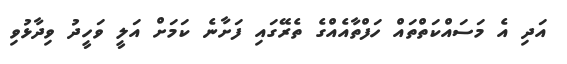
އަދި އެ މަސައްކަތްތައް ހަފްތާއެއްގެ ތެރޭގައި ފަށާނެ ކަމަށް އަލީ ވަހީދު ވިދާޅުވި